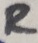
Text: R